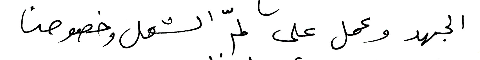
الجهد وعمل على لمّ الشمل وخصوصاً